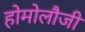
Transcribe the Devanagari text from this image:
होमोलौजी